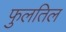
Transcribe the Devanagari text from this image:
फुलतिल